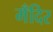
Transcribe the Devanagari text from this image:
मँदिर